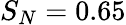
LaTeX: S_{N}=0.65